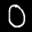
Label: 0